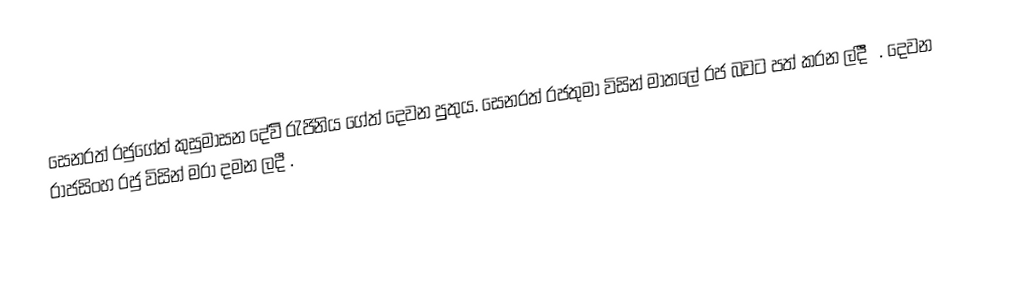
සෙනරත් රජුගේත් කුසුමාසන  ⁣දේවිි රැජිනිය ගේත් දෙවන පුුතුය. සෙනරත් රජතුමා විසින් මාතලේ රජ බවට පත් කරන ලදීී.  දෙවන රාජසිංහ රජු විසින් මරා දමන ලදී .